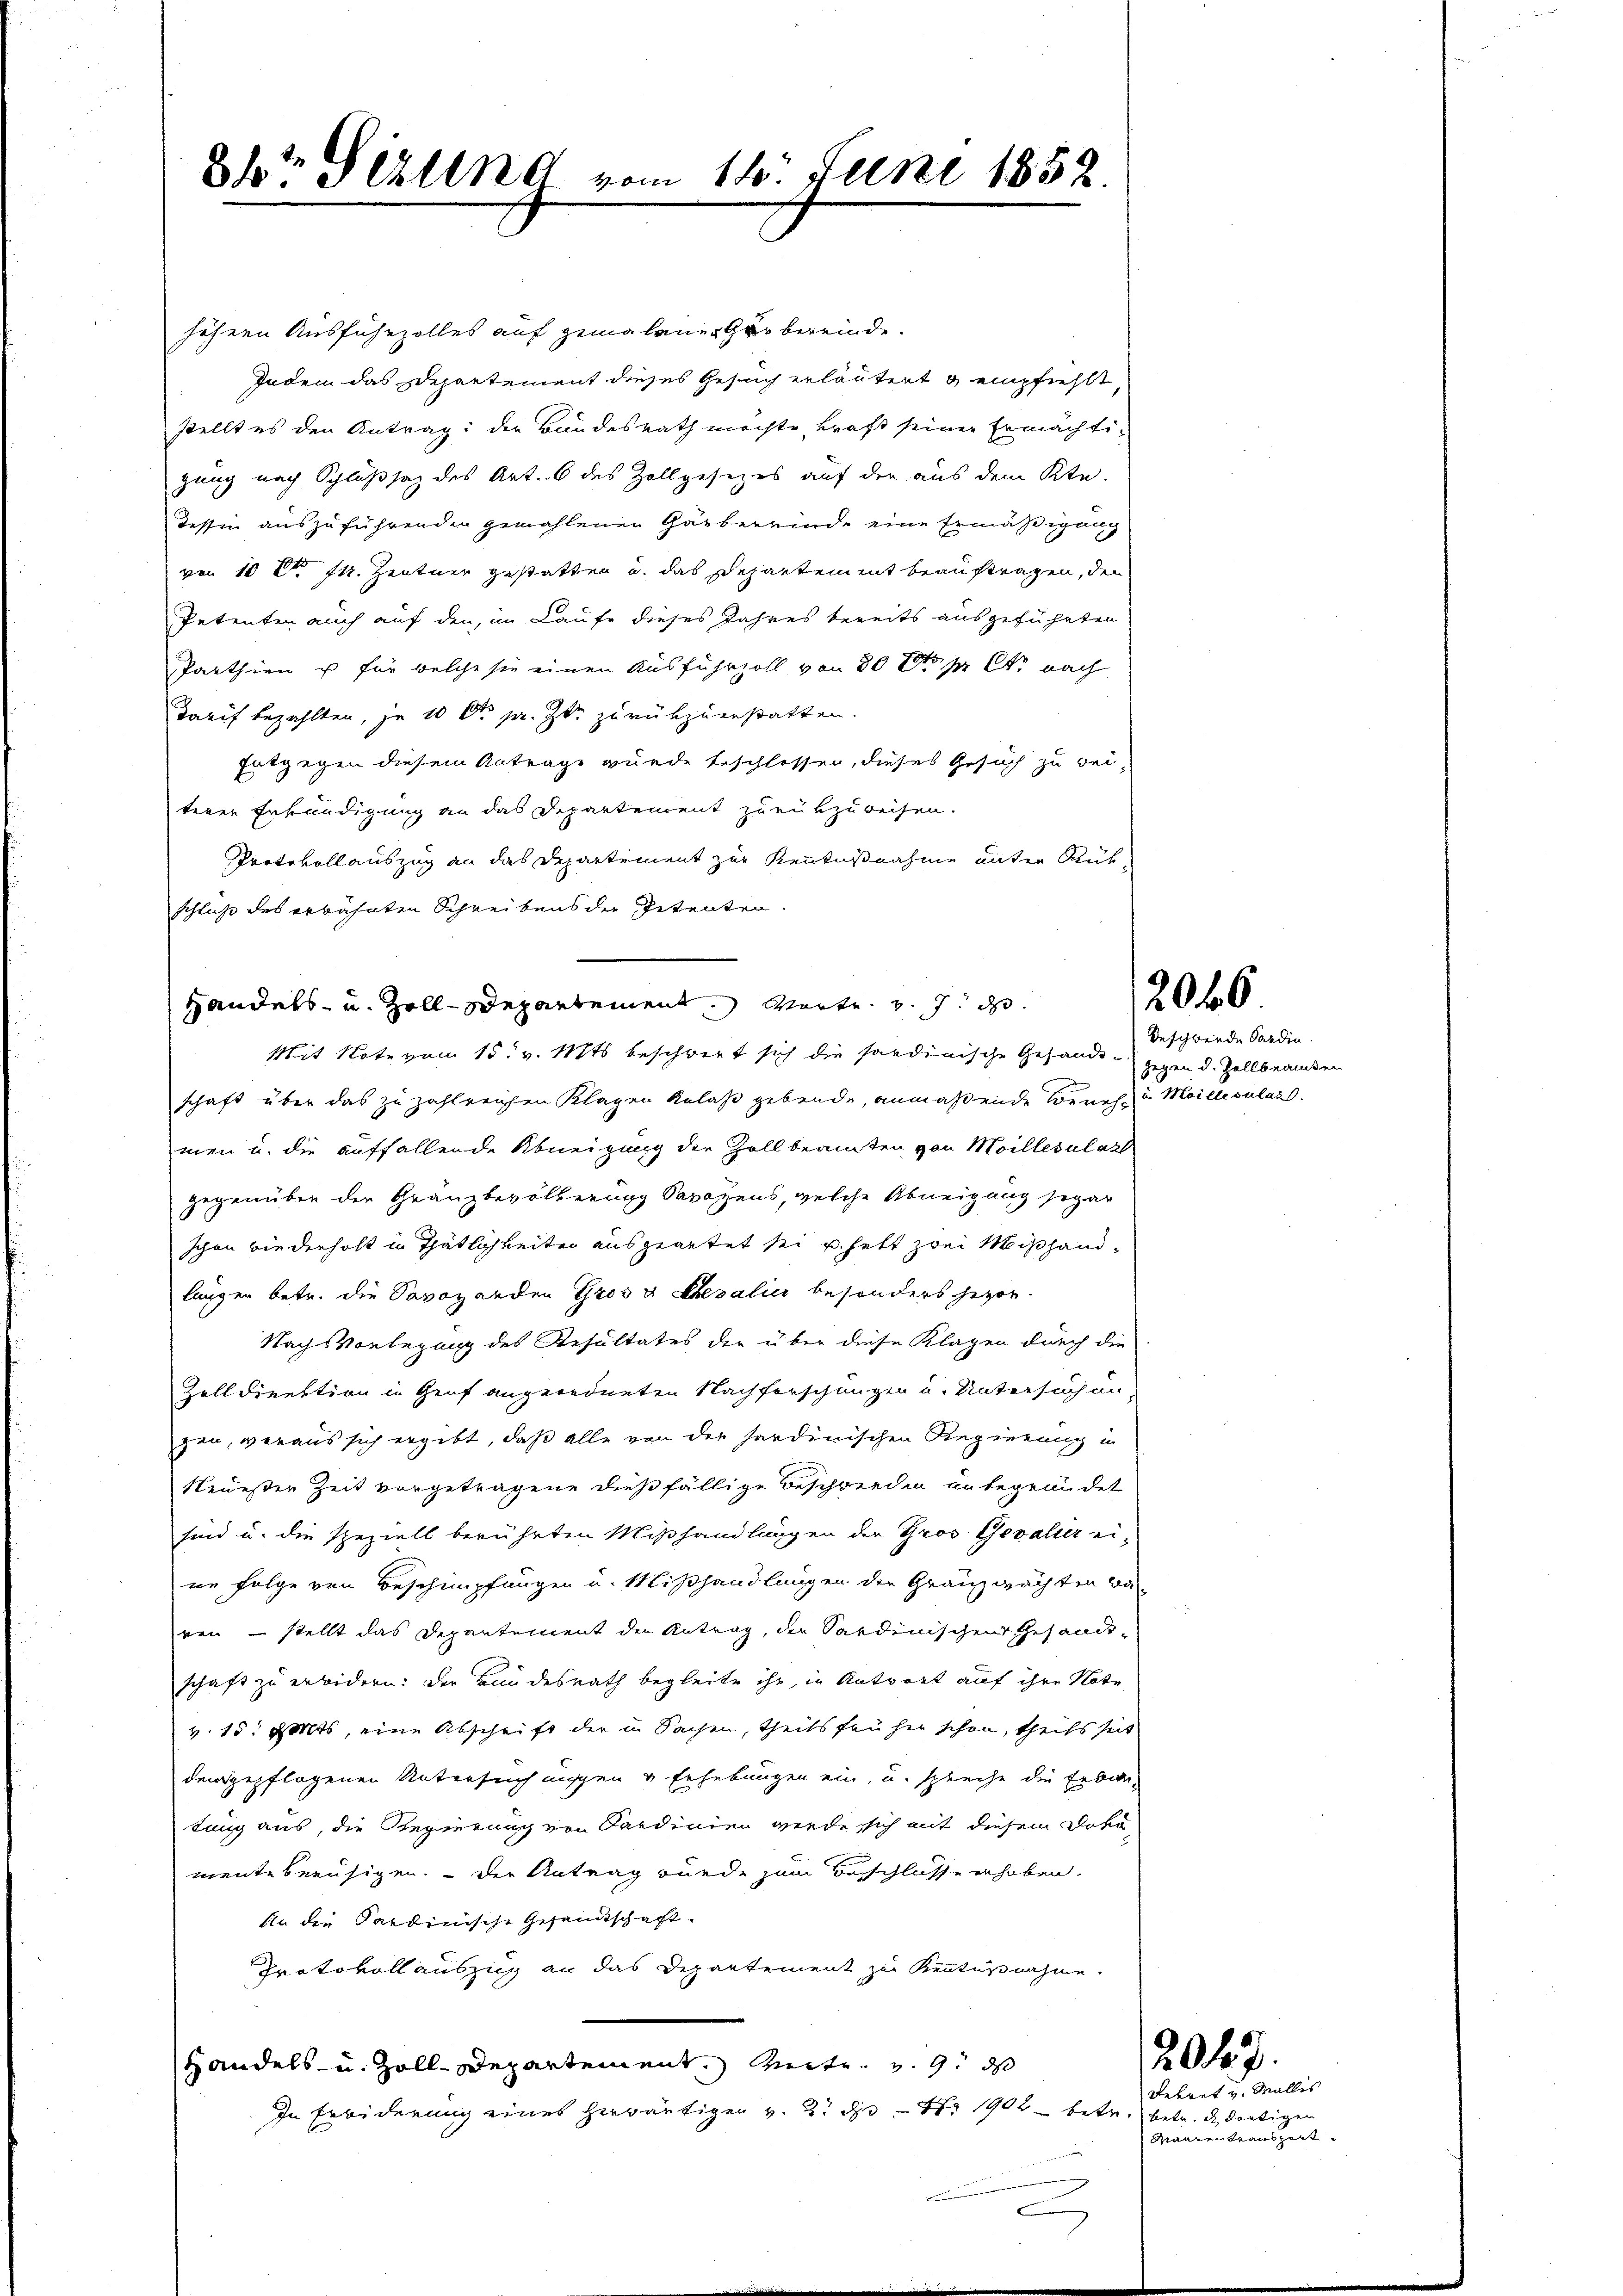
84t Fehlend vom 11t Juni 1852.

höhern Ausführzolles auf gemalener er bereinde.
Indem das Departement dieses Gesuch erläutert & empfiehlt,
stellt es den Antrag: der Bundesrath möchte, kraft seiner Ermächtigung nach Schlußsaz des Art. 6 des Zollgesezes auf der aus dem Kte-
Tessin auszuführenden gemahlenen Gärbereinde eine Ermäßigung
von 10 Fr. 74. Zentner gestatten u. das Departement beauftragen, den
Petenten auch auf den, im Laufe dieses Jahres bereits ausgeführten
Parthien u für welche sie einen Ausfuhrzoll von 20 t pr. C. nach
Tarif bezahlten, je 10 Fr. pr. Zt. zurückzuerstatten.
Entgegen diesem Antrage wurde beschlossen, dieses Gesuch zu bei-
terer Erkundigung an das Departement zurükzuweisen.
Protokollauszug an das Departement zur Kenntnißnahme unter Rückschluß des erwähnten Schreibens der Petenten.
Handels- u. Zoll-Departement. Worte v. 7. d.
Mit Note von 15. v. Mts. beschwert sich die sardinische Gesandt - gegen d. Zollbeamten
schaft über das zu zahlreichen Klagen Anlaß gebende, anmaßende Beneh- u Meillepulaz
men u. die auffallende Abneigung der Zollbeamten von Moillesalatt
gegenüber der Granzbevölkerung Savoyens, welche Abneigung sogar
schon wiederholt in Thätlichkeiten ausgeartet sei u. hatt zwei Mißhandlangen betr. die Savoanden Gros u. Ehepalier besonders herzo
Nachs Vorlegung des Resultates der über diese Klagen durch die
Zolldirektion in Genf angeordneten Nachforschungen u. Untersuchun
gen, woraus sich ergibt, daß alle von der sardinischen Regierung in
Neuesten Zeit vorgetragene dießfällige Beschwerden unbegründet
sind u. die speziell berührten Mißhandlungen der Gros Gevalier ei-
ne Folge von Beschimpfungen u. Mißhandlungen der Granz mächten Ba-
ren – stellt das Departement der Antrag, der Sardinischen Gesandtschaft zu erbidern: Der Bundesrath begleite ihr, in Antwort auf ihre Note
v. 15. Mts, eine Abschrift der in Sachen, theils früher schon, theils seit
demgepflogenen Untersuch ungen u Erhebungen ein, u. spreche die Erban-
tung aus, die Regierung von Sardinien werde sich mit diesem Dokomente beruhigen. Der Antrag wurde zum Beschlusserhoben.
An die Sardinische Gesandtschaft¬
Protokollauszug an das Departement zur Kentusnahme.
Handels- u. Zoll-Departement. Weite v. 9. ds
In Erbiderung eines herwärtigen v. 2. d. S. 1902 betr. betr. d. dortigen
2

2046

beschwerde Sardin.

dekret u. Wallis
Maaientrauszeit

2047.